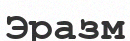
Эразм